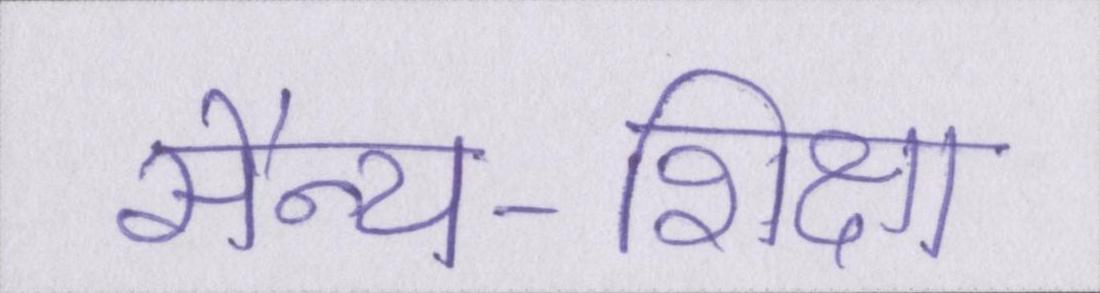
सैन्य-शिक्षा